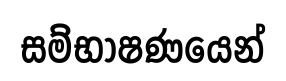
සම්භාෂණයෙන්